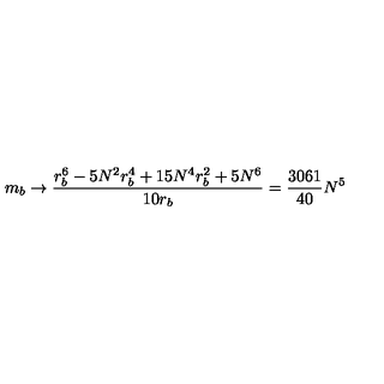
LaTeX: m _ { b } \rightarrow \frac { r _ { b } ^ { 6 } - 5 N ^ { 2 } r _ { b } ^ { 4 } + 1 5 N ^ { 4 } r _ { b } ^ { 2 } + 5 N ^ { 6 } } { 1 0 r _ { b } } = \frac { 3 0 6 1 } { 4 0 } N ^ { 5 }